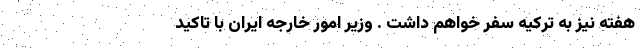
هفته نیز به ترکیه سفر خواهم داشت . وزیر امور خارجه ایران با تاکید